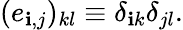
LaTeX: (e_{\mathbf{i},j})_{kl}\equiv\delta_{\mathbf{i}k}\delta_{jl}.